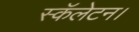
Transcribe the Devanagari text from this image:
स्कॅलेटन।